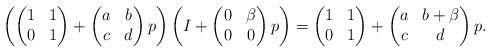
LaTeX: \begin{align*} \left( \begin{pmatrix} 1 & 1 \\ 0 & 1 \end{pmatrix} + \begin{pmatrix} a & b \\ c & d \end{pmatrix} p \right) \left( I + \begin{pmatrix} 0 & \beta \\ 0 & 0 \end{pmatrix} p \right) = \begin{pmatrix} 1 & 1 \\ 0 & 1 \end{pmatrix} + \begin{pmatrix} a & b + \beta \\ c & d \end{pmatrix} p.\end{align*}